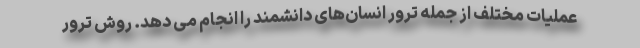
عملیات مختلف از جمله ترور انسان‌های دانشمند را انجام می دهد. روش ترور